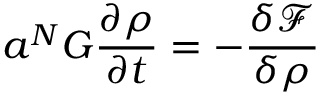
a ^ { N } G \frac { \partial \rho } { \partial t } = - \frac { \delta \mathcal { F } } { \delta \rho }